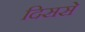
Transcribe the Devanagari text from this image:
दिससे